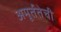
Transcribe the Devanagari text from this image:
अमूर्ततेची